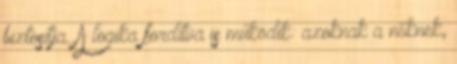
biztosítja. A logika fordítva is működik: azoknak a nőknek,